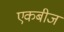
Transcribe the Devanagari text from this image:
एकबीज